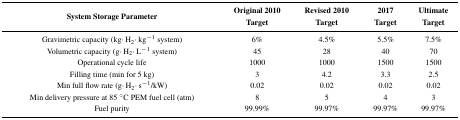
| System Storage Parameter | Original 2010 Target | Revised 2010 Target | 2017 Target | Ultimate Target |
 | --- | --- | --- | --- | --- |
 | Gravimetric capacity (kg·H2·kg−1 system) | 6% | 4.5% | 5.5% | 7.5% |
 | Volumetric capacity (g·H2·L−1 system) | 45 | 28 | 40 | 70 |
 | Operational cycle life | 1000 | 1000 | 1500 | 1500 |
 | Filling time (min for 5 kg) | 3 | 4.2 | 3.3 | 2.5 |
 | Min full flow rate (g·H2·s−1/kW) | 0.02 | 0.02 | 0.02 | 0.02 |
 | Min delivery pressure at 85 °C PEM fuel cell (atm) | 8 | 5 | 4 | 3 |
 | Fuel purity | 99.99% | 99.97% | 99.97% | 99.97% |